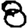
Digit: 8